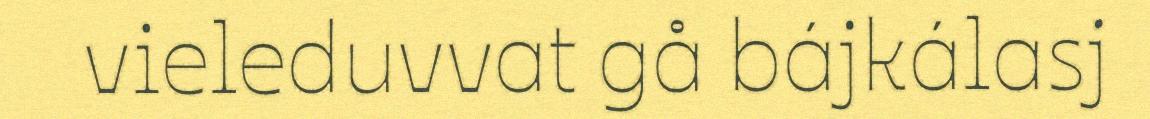
vieleduvvat gå bájkálasj